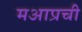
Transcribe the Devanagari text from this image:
मआप्रची